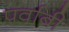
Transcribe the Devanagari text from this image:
पर्वाबी